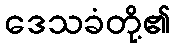
ဒေသခံတို့၏